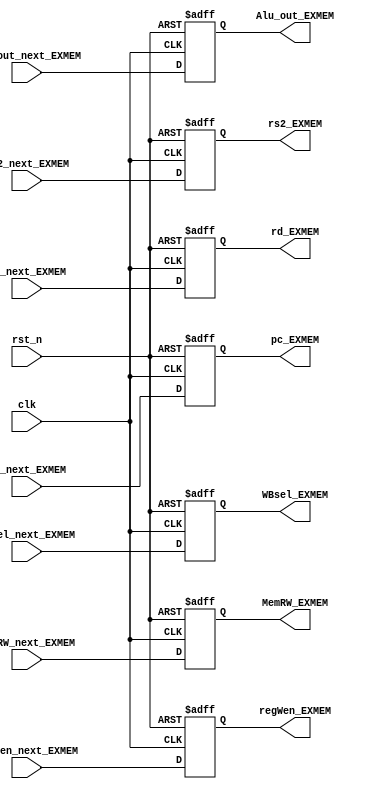
`timescale 1ns / 1ps

module EX_MEM_flipflop
    (   
        input wire rst_n, clk,
        input wire [1:0] WBsel_next_EXMEM, // output cua control
        input wire  MemRW_next_EXMEM, // output cua control
        input wire  regWen_next_EXMEM,
        input wire [4:0] rd_next_EXMEM,
        input wire [31:0] Alu_out_next_EXMEM, rs2_next_EXMEM, pc_next_EXMEM,
        output reg MemRW_EXMEM, regWen_EXMEM,
        output reg [31:0] Alu_out_EXMEM, rs2_EXMEM, pc_EXMEM,
        output reg [1:0]  WBsel_EXMEM,
        output reg [4:0] rd_EXMEM
    );
    
     always @(negedge clk, negedge rst_n)
    if(~rst_n)
    begin
       Alu_out_EXMEM <= 0;
       pc_EXMEM <= 0;
       rs2_EXMEM <= 0;
       rd_EXMEM <= 0;
       WBsel_EXMEM <= 0;
       MemRW_EXMEM <= 0;
       regWen_EXMEM <= 0;
    end
    else
    begin
       Alu_out_EXMEM <= Alu_out_next_EXMEM;
       pc_EXMEM <= pc_next_EXMEM;
       rs2_EXMEM <= rs2_next_EXMEM;
       rd_EXMEM <= rd_next_EXMEM;
       WBsel_EXMEM <= WBsel_next_EXMEM;
       MemRW_EXMEM <= MemRW_next_EXMEM;
       regWen_EXMEM <= regWen_next_EXMEM;
     end
endmodule